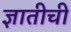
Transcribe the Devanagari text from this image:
ज्ञातीची